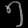
Digit: ၅